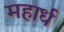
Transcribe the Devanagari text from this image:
महार्ध